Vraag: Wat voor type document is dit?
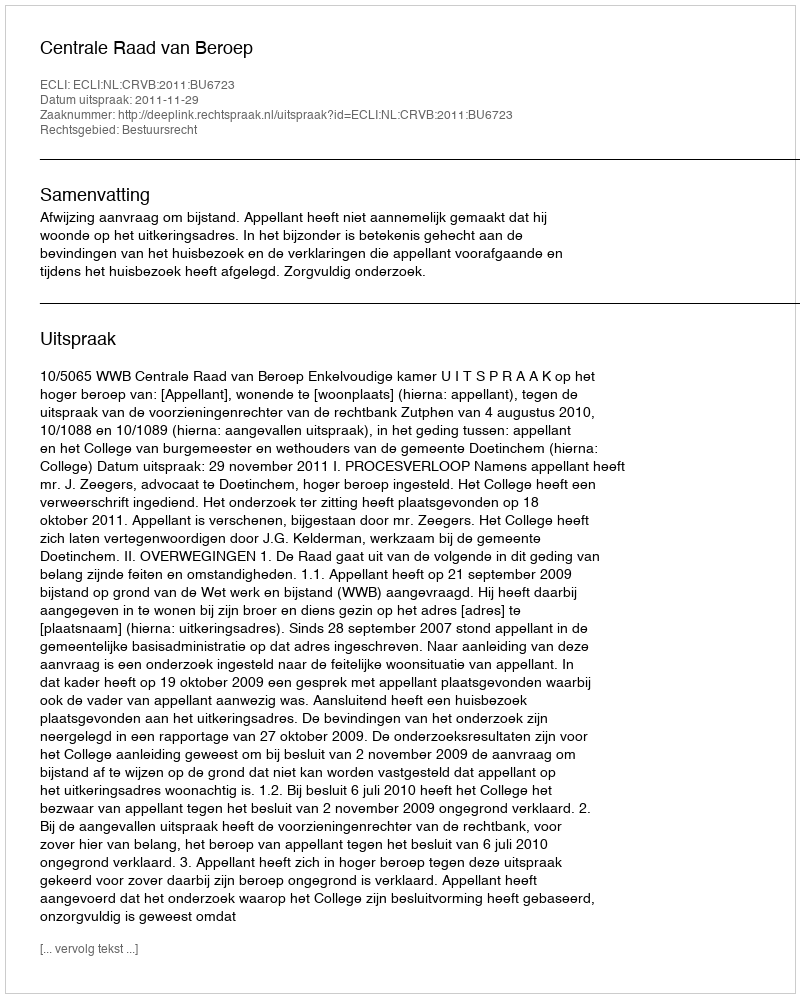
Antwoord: Uitspraak